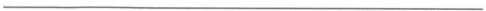
___